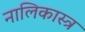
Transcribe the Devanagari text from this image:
नालिकास्‍त्र